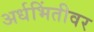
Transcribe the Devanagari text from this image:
अर्धभिंतीवर